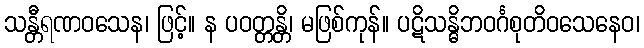
သန္တီရဏဝသေန၊ ဖြင့်။ န ပဝတ္တန္တိ၊ မဖြစ်ကုန်။ ပဋိသန္ဓိဘဝင်္ဂစုတိဝသေနေဝ၊